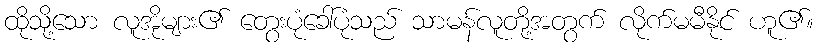
ထိုသို့သော လူအိုများ၏ တွေးပုံခေါ်ပုံသည် သာမန်လူတို့အတွက် လိုက်မမီနိုင် ဟူ၏။